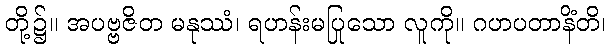
တို့၌။ အပဗ္ဗဇိတ မနုဿံ၊ ရဟန်းမပြုသော လူကို။ ဂဟပတာနိံတိ၊